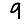
Digit: 9